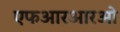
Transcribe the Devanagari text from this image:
एफआरआरओ